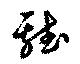
鶏